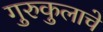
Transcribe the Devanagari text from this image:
गुरुकुलाचे